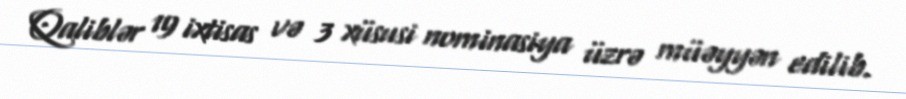
Qaliblər 19 ixtisas və 3 xüsusi nominasiya üzrə müəyyən edilib.